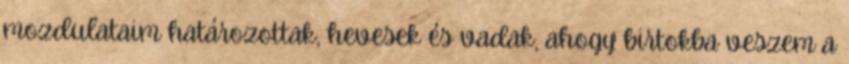
mozdulataim határozottak, hevesek és vadak, ahogy birtokba veszem a